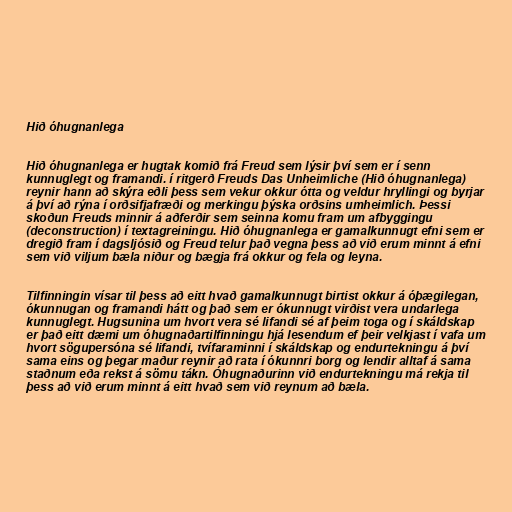
Hið óhugnanlega

Hið óhugnanlega er hugtak komið frá Freud sem lýsir því sem er í senn
kunnuglegt og framandi. í ritgerð Freuds Das Unheimliche (Hið óhugnanlega)
reynir hann að skýra eðli þess sem vekur okkur ótta og veldur hryllingi og byrjar
á því að rýna í orðsifjafræði og merkingu þýska orðsins umheimlich. Þessi
skoðun Freuds minnir á aðferðir sem seinna komu fram um afbyggingu
(deconstruction) í textagreiningu. Hið óhugnanlega er gamalkunnugt efni sem er
dregið fram í dagsljósið og Freud telur það vegna þess að við erum minnt á efni
sem við viljum bæla niður og bægja frá okkur og fela og leyna.

Tilfinningin vísar til þess að eitt hvað gamalkunnugt birtist okkur á óþægilegan,
ókunnugan og framandi hátt og það sem er ókunnugt virðist vera undarlega
kunnuglegt. Hugsunina um hvort vera sé lifandi sé af þeim toga og í skáldskap
er það eitt dæmi um óhugnaðartilfinningu hjá lesendum ef þeir velkjast í vafa um
hvort sögupersóna sé lifandi, tvífaraminni í skáldskap og endurtekningu á því
sama eins og þegar maður reynir að rata í ókunnri borg og lendir alltaf á sama
staðnum eða rekst á sömu tákn. Óhugnaðurinn við endurtekningu má rekja til
þess að við erum minnt á eitt hvað sem við reynum að bæla.